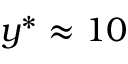
y ^ { * } \approx 1 0